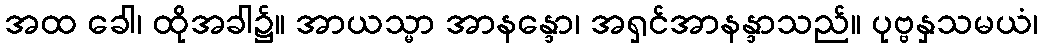
အထ ခေါ၊ ထိုအခါ၌။ အာယသ္မာ အာနန္ဒော၊ အရှင်အာနန္ဒာသည်။ ပုဗ္ဗနှသမယံ၊